Lunatic asylums Punjab 1911-1921 - 1911-1921
Year: 1911
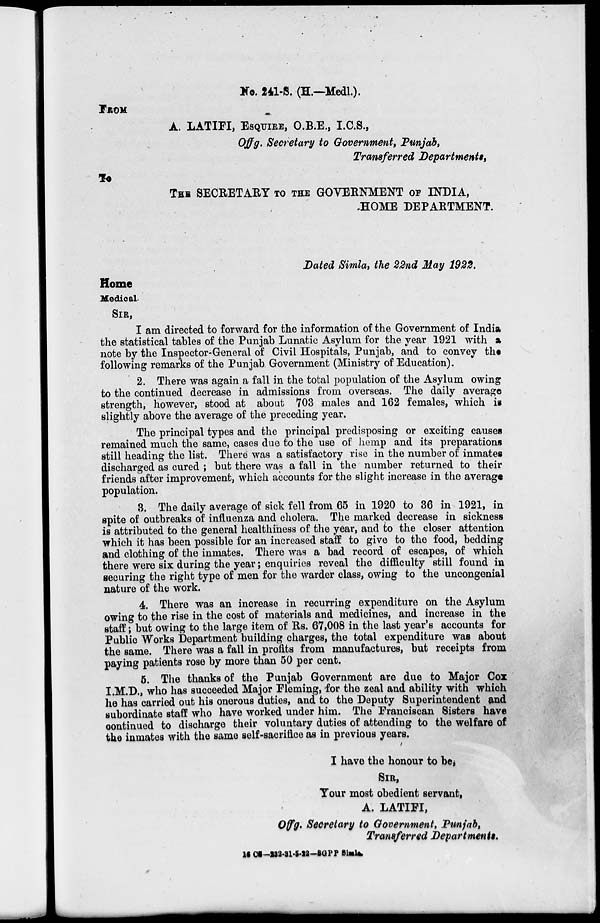
No. 241-S. (H.—Medl.).
FROM
A. LATIFI, ESQUIRE, O.B.E., I.C.S.,
Offg. Secretary to Government, Punjab,
Transferred Departments,
TO
THE SECRETARY TO THE GOVERNMENT OF INDIA,
HOME DEPARTMENT.
Dated Simla, the 22nd May 1922.
Home
Medical.
SIR,
I am directed to forward for the information of the Government of India
the statistical tables of the Punjab Lunatic Asylum for the year 1921 with a
note by the Inspector-General of Civil Hospitals, Punjab, and to convey the
following remarks of the Punjab. Government (Ministry of Education).
2. There was again a fall in the total population of the Asylum owing
to the continued decrease in admissions from overseas. The daily average
strength, however, stood at about 703 males and 162 females, which is
slightly above the average of the preceding year.
The principal types and the principal predisposing or exciting causes
remained much the same, cases due to the use of hemp and its preparations
still heading the list. There was a satisfactory rise in the number of inmates
discharged as cured ; but there was a fall in the number returned to their
friends after improvement, which accounts for the slight increase in the average
population.
3. The daily average of sick fell from 65 in 1920 to 36 in 1921, in
spite of outbreaks of influenza and cholera. The marked decrease in sickness
is attributed to the general healthiness of the year, and to the closer attention
which it has been possible for an increased staff to give to the food, bedding
and clothing of the inmates. There was a bad record of escapes, of which
there were six during the year; enquiries reveal the difficulty still found in
securing the right type of men for the warder class, owing to the uncongenial
nature of the work.
4. There was an increase in recurring expenditure on the Asylum
owing to the rise in the cost of materials and medicines, and increase in the
staff ; but owing to the large item of Rs. 67,008 in the last year's accounts for
Public Works Department building charges, the total expenditure was about
the same. There was a fall in profits from manufactures, but receipts from
paying patients rose by more than 50 per cent.
5. The thanks of the Punjab Government are due to Major Cox
I.M.D., who has succeeded Major Fleming, for the zeal and ability with which
he has carried out his onerous duties, and to the Deputy Superintendent and
subordinate staff who have worked under him. The Franciscan Sisters have
continued to discharge their voluntary duties of attending to the welfare of
the inmates with the same self-sacrifice as in previous years.
I have the honour to be,
SIR,
Your most obedient servant,
A. LATIFI,
Of f g. Secretary to Government, Punjab,
Transferred Departments.
16 CS—232-31-5-22—SGPP Simla.